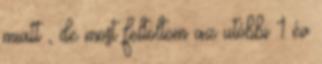
miatt , de most feltöltöm az utóbbi 1 év